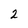
Character: 2